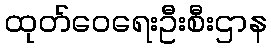
ထုတ်ဝေရေးဦးစီးဌာန